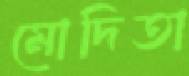
মোদিতা